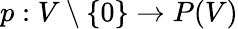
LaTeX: p:V\setminus\{ 0\} \to P(V)